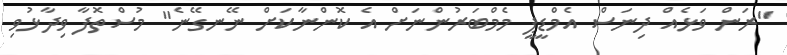
"ރަން ވަޅެއް ދިނަސް އެމްޑީޕީ މެމްބަރުންނަށް އެ ކޮންނާކަށް ނޭނގޭނެ" މުސްތޮފާ ވިދާޅުވި